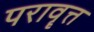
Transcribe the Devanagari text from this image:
परावॄत्त